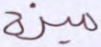
ميزة